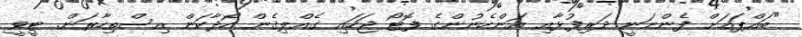
"ބައްޕައަށް ފެންނަނީ ދަރިފުޅާއި އަންހެނުންގެ ފޮޓޯ ޖަހައި ގެއްލިގެން ހޯދާކަން އިސްތިހާރަން. ޓީވީ